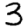
Digit: 3